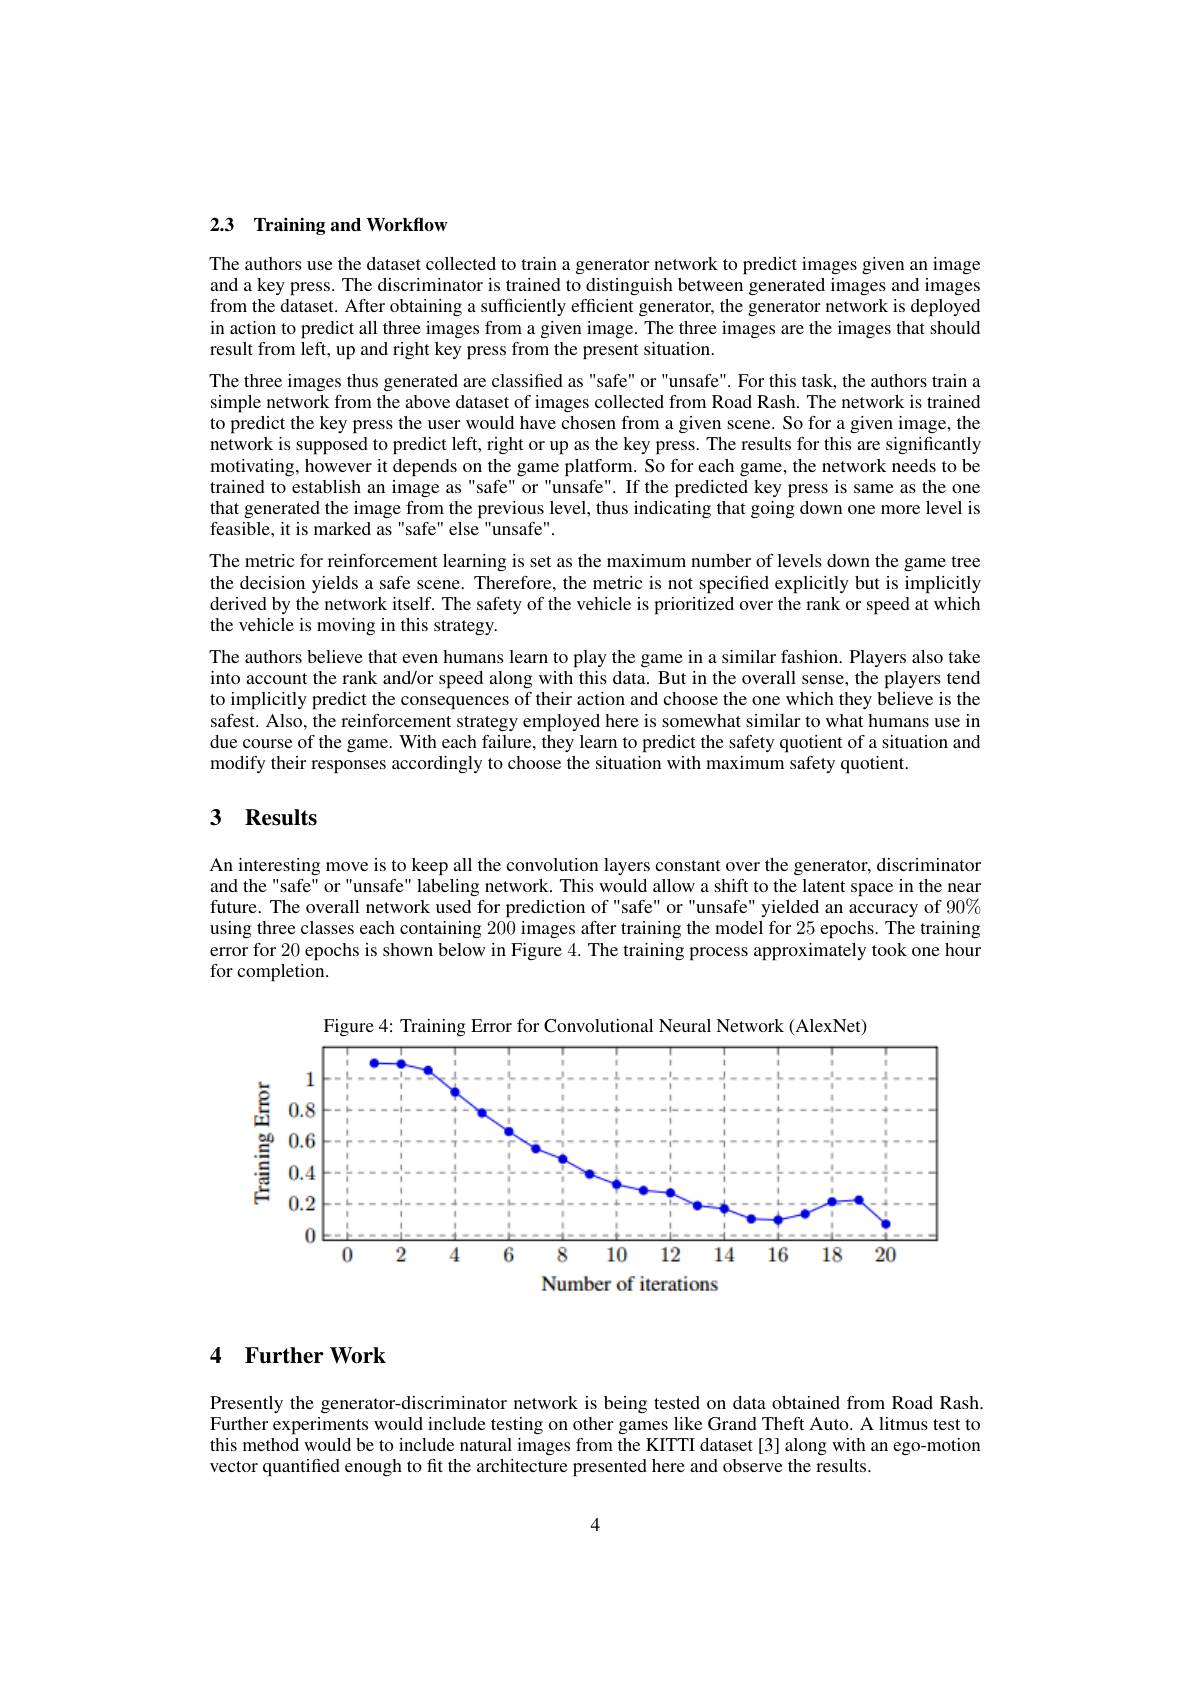
## 2.3 Training and Workflow

The authors use the dataset collected to train a generator network to predict images given an image and a key press. The discriminator is trained to distinguish between generated images and images from the dataset. After obtaining a sufficiently efficient generator, the generator network is deployed in action to predict all three images from a given image. The three images are the images that should result from left, up and right key press from the present situation.

The three images thus generated are classified as "safe" or "unsafe". For this task, the authors train a simple network from the above dataset of images collected from Road Rash. The network is trained to predict the key press the user would have chosen from a given scene. So for a given image, the network is supposed to predict left, right or up as the key press. The results for this are significantly motivating, however it depends on the game platform. So for each game, the network needs to be trained to establish an image as "safe" or "unsafe". If the predicted key press is same as the one that generated the image from the previous level, thus indicating that going down one more level is feasible, it is marked as "safe" else "unsafe".
The metric for reinforcement learning is set as the maximum number of levels down the game tree the decision yields a safe scene. Therefore, the metric is not specified explicitly but is implicitly derived by the network itself. The safety of the vehicle is prioritized over the rank or speed at which the vehicle is moving in this strategy.
The authors believe that even humans learn to play the game in a similar fashion. Players also take into account the rank and/or speed along with this data. But in the overall sense, the players tend to implicitly predict the consequences of their action and choose the one which they believe is the safest. Also, the reinforcement strategy employed here is somewhat similar to what humans use in due course of the game. With each failure, they learn to predict the safety quotient of a situation and modify their responses accordingly to choose the situation with maximum safety quotient.

## 3 Results

An interesting move is to keep all the convolution layers constant over the generator, discriminator and the "safe" or "unsafe" labeling network. This would allow a shift to the latent space in the near future. The overall network used for prediction of "safe" or "unsafe" yielded an accuracy of $90\%$ using three classes each containing 200 images after training the model for 25 epochs. The training error for 20 epochs is shown below in Figure 4. The training process approximately took one hour for completion.

Figure 4: Training Error for Convolutional Neural Network (AlexNet)
<FigureHere>
Number of iterations

4 $\textbf{Further Work}$

Presently the generator-discriminator network is being tested on data obtained from Road Rash. Further experiments would include testing on other games like Grand Theft Auto. A litmus test to this method would be to include natural images from the KITTI dataset [3] along with an ego-motion vector quantified enough to fit the architecture presented here and observe the results.

4